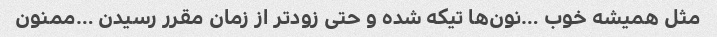
مثل همیشه خوب …نون‌ها تیکه شده و حتی زودتر از زمان مقرر رسیدن …ممنون